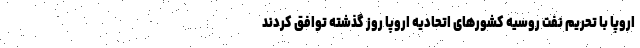
اروپا با تحریم نفت روسیه کشورهای اتحادیه اروپا روز گذشته توافق کردند